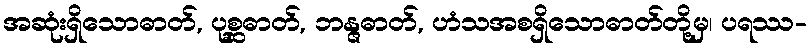
အဆုံးရှိသောဓာတ်, ပုစ္ဆဓာတ်, ဘန္ဇဓာတ်, ဟံသအစရှိသောဓာတ်တို့မှ၊ ပရဿ-